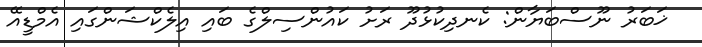
ޚަބަރު ނޫސްބަޔާން: ކެނދިކުޅުދޫ ރަށު ކައުންސިލްގެ ބައި އިލެކްޝަންގައި އެމްޑީއޭ